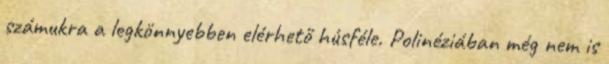
számukra a legkönnyebben elérhető húsféle. Polinéziában még nem is